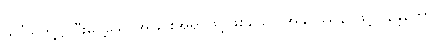
သင်္ခါရတို့၌ ငြီးငွေ့သောအခြင်းအရာဖြင့်ဖြစ်သော အနုပဿနာဖြင့်။ နန္ဒိတော၊